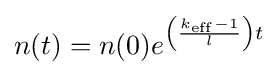
n(t)=n(0)e^{\left({k_{\mathrm {eff} }-1 \over l}\right)t}